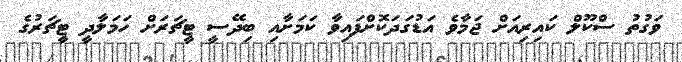
ވަގުތު ސްކޫލް ކައިރިއަށް ޖަމާވެ އަޑުގަދަކޮށްފައިވާ ކަމަށާއި ބިދޭސީ ޓީޗަރަށް ހަމަލާދީ ޓީޗަރުގެ